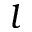
l